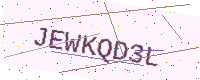
Text: JEWKQD3L